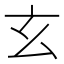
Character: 玄